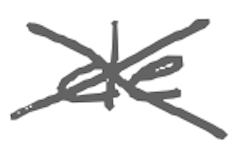
Text: de
Cross-out: cross
Writing tool: digital_gray